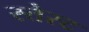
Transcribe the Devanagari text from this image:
स्तेस्ट